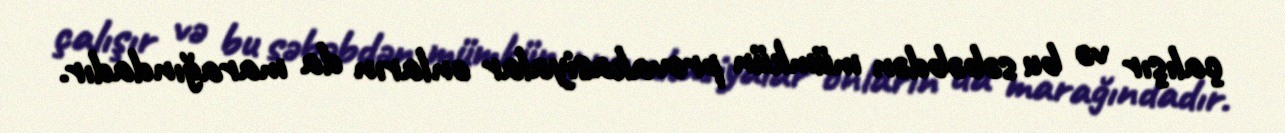
çalışır və bu səbəbdən mümkün provakasiyalar onların da marağındadır.